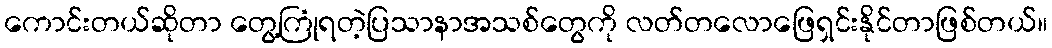
ကောင်းတယ်ဆိုတာ တွေ့ကြုံရတဲ့ပြသာနာအသစ်တွေကို လတ်တလောဖြေရှင်းနိုင်တာဖြစ်တယ်။